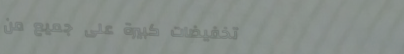
تخفيضات كبيرة على جميع من